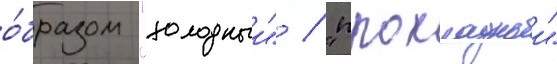
о́бразом "холодныи" / "прохладныи"